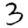
Digit: 3